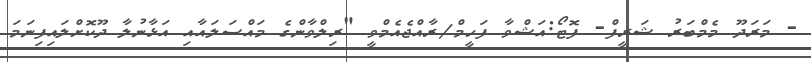
- މަރަދޫ މެމްބަރު ޝަރީފް- ފޮޓޯ:އަޝްވާ ފަހީމް/ރާއްޖެއެމްވީ "ރިލްވާންގެ މައްސަލައާއި އަޅާނުލާ ދޫކޮށްލައިފިނަމަ